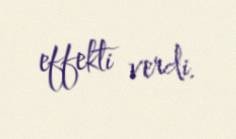
effekti verdi.